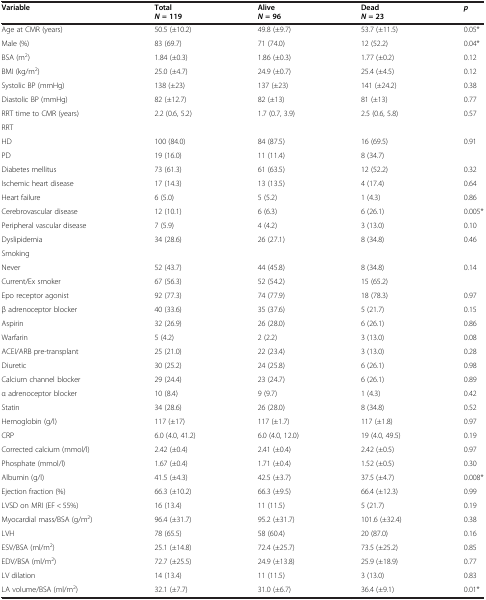
<table><thead><tr><td><b>Variable</b></td><td><b>Total <i>N</i> = 119</b></td><td><b>Alive<i>N</i> = 96</b></td><td><b>Dead<i>N</i> = 23</b></td><td><b><i>p</i></b></td></tr></thead><tbody><tr><td>Age at CMR (years)</td><td>50.5 (±10.2)</td><td>49.8 (±9.7)</td><td>53.7 (±11.5)</td><td>0.05*</td></tr><tr><td>Male (%)</td><td>83 (69.7)</td><td>71 (74.0)</td><td>12 (52.2)</td><td>0.04*</td></tr><tr><td>BSA (m<sup>2</sup>)</td><td>1.84 (±0.3)</td><td>1.86 (±0.3)</td><td>1.77 (±0.2)</td><td>0.12</td></tr><tr><td>BMI (kg/m<sup>2</sup>)</td><td>25.0 (±4.7)</td><td>24.9 (±0.7)</td><td>25.4 (±4.5)</td><td>0.12</td></tr><tr><td>Systolic BP (mmHg)</td><td>138 (±23)</td><td>137 (±23)</td><td>141 (±24.2)</td><td>0.38</td></tr><tr><td>Diastolic BP (mmHg)</td><td>82 (±12.7)</td><td>82 (±13)</td><td>81 (±13)</td><td>0.77</td></tr><tr><td>RRT time to CMR (years)</td><td>2.2 (0.6, 5.2)</td><td>1.7 (0.7, 3.9)</td><td>2.5 (0.6, 5.8)</td><td>0.57</td></tr><tr><td>RRT</td><td></td><td></td><td></td><td></td></tr><tr><td>HD</td><td>100 (84.0)</td><td>84 (87.5)</td><td>16 (69.5)</td><td rowspan="2">0.91</td></tr><tr><td>PD</td><td>19 (16.0)</td><td>11 (11.4)</td><td>8 (34.7)</td></tr><tr><td>Diabetes mellitus</td><td>73 (61.3)</td><td>61 (63.5)</td><td>12 (52.2)</td><td>0.32</td></tr><tr><td>Ischemic heart disease</td><td>17 (14.3)</td><td>13 (13.5)</td><td>4 (17.4)</td><td>0.64</td></tr><tr><td>Heart failure</td><td>6 (5.0)</td><td>5 (5.2)</td><td>1 (4.3)</td><td>0.86</td></tr><tr><td>Cerebrovascular disease</td><td>12 (10.1)</td><td>6 (6.3)</td><td>6 (26.1)</td><td>0.005*</td></tr><tr><td>Peripheral vascular disease</td><td>7 (5.9)</td><td>4 (4.2)</td><td>3 (13.0)</td><td>0.10</td></tr><tr><td>Dyslipidemia</td><td>34 (28.6)</td><td>26 (27.1)</td><td>8 (34.8)</td><td>0.46</td></tr><tr><td>Smoking</td><td></td><td></td><td></td><td></td></tr><tr><td>Never</td><td>52 (43.7)</td><td>44 (45.8)</td><td>8 (34.8)</td><td rowspan="2">0.14</td></tr><tr><td>Current/Ex smoker</td><td>67 (56.3)</td><td>52 (54.2)</td><td>15 (65.2)</td></tr><tr><td>Epo receptor agonist</td><td>92 (77.3)</td><td>74 (77.9)</td><td>18 (78.3)</td><td>0.97</td></tr><tr><td>β adrenoceptor blocker</td><td>40 (33.6)</td><td>35 (37.6)</td><td>5 (21.7)</td><td>0.15</td></tr><tr><td>Aspirin</td><td>32 (26.9)</td><td>26 (28.0)</td><td>6 (26.1)</td><td>0.86</td></tr><tr><td>Warfarin</td><td>5 (4.2)</td><td>2 (2.2)</td><td>3 (13.0)</td><td>0.08</td></tr><tr><td>ACEI/ARB pre-transplant</td><td>25 (21.0)</td><td>22 (23.4)</td><td>3 (13.0)</td><td>0.28</td></tr><tr><td>Diuretic</td><td>30 (25.2)</td><td>24 (25.8)</td><td>6 (26.1)</td><td>0.98</td></tr><tr><td>Calcium channel blocker</td><td>29 (24.4)</td><td>23 (24.7)</td><td>6 (26.1)</td><td>0.89</td></tr><tr><td>α adrenoceptor blocker</td><td>10 (8.4)</td><td>9 (9.7)</td><td>1 (4.3)</td><td>0.42</td></tr><tr><td>Statin</td><td>34 (28.6)</td><td>26 (28.0)</td><td>8 (34.8)</td><td>0.52</td></tr><tr><td>Hemoglobin (g/l)</td><td>117 (±17)</td><td>117 (±1.7)</td><td>117 (±1.8)</td><td>0.97</td></tr><tr><td>CRP</td><td>6.0 (4.0, 41.2)</td><td>6.0 (4.0, 12.0)</td><td>19 (4.0, 49.5)</td><td>0.19</td></tr><tr><td>Corrected calcium (mmol/l)</td><td>2.42 (±0.4)</td><td>2.41 (±0.4)</td><td>2.42 (±0.5)</td><td>0.97</td></tr><tr><td>Phosphate (mmol/l)</td><td>1.67 (±0.4)</td><td>1.71 (±0.4)</td><td>1.52 (±0.5)</td><td>0.30</td></tr><tr><td>Albumin (g/l)</td><td>41.5 (±4.3)</td><td>42.5 (±3.7)</td><td>37.5 (±4.7)</td><td>0.008*</td></tr><tr><td>Ejection fraction (%)</td><td>66.3 (±10.2)</td><td>66.3 (±9.5)</td><td>66.4 (±12.3)</td><td>0.99</td></tr><tr><td>LVSD on MRI (EF &lt; 55%)</td><td>16 (13.4)</td><td>11 (11.5)</td><td>5 (21.7)</td><td>0.19</td></tr><tr><td>Myocardial mass/BSA (g/m<sup>2</sup>)</td><td>96.4 (±31.7)</td><td>95.2 (±31.7)</td><td>101.6 (±32.4)</td><td>0.38</td></tr><tr><td>LVH</td><td>78 (65.5)</td><td>58 (60.4)</td><td>20 (87.0)</td><td>0.16</td></tr><tr><td>ESV/BSA (ml/m<sup>2</sup>)</td><td>25.1 (±14.8)</td><td>72.4 (±25.7)</td><td>73.5 (±25.2)</td><td>0.85</td></tr><tr><td>EDV/BSA (ml/m<sup>2</sup>)</td><td>72.7 (±25.5)</td><td>24.9 (±13.8)</td><td>25.9 (±18.9)</td><td>0.77</td></tr><tr><td>LV dilation</td><td>14 (13.4)</td><td>11 (11.5)</td><td>3 (13.0)</td><td>0.83</td></tr><tr><td>LA volume/BSA (ml/m<sup>2</sup>)</td><td>32.1 (±7.7)</td><td>31.0 (±6.7)</td><td>36.4 (±9.1)</td><td>0.01*</td></tr></tbody></table>